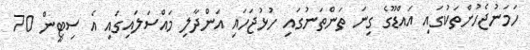
ހަމަނުޖެހުންތަކުގައި އައްޑޫގެ ގިނަ ތަންތަނުގައި ހުޅުޖަހައި އަންދާލި މައްސަލައިގައި އެ ސިޓީން 70